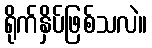
ရိုက်နှိပ်ဖြစ်သလဲ။